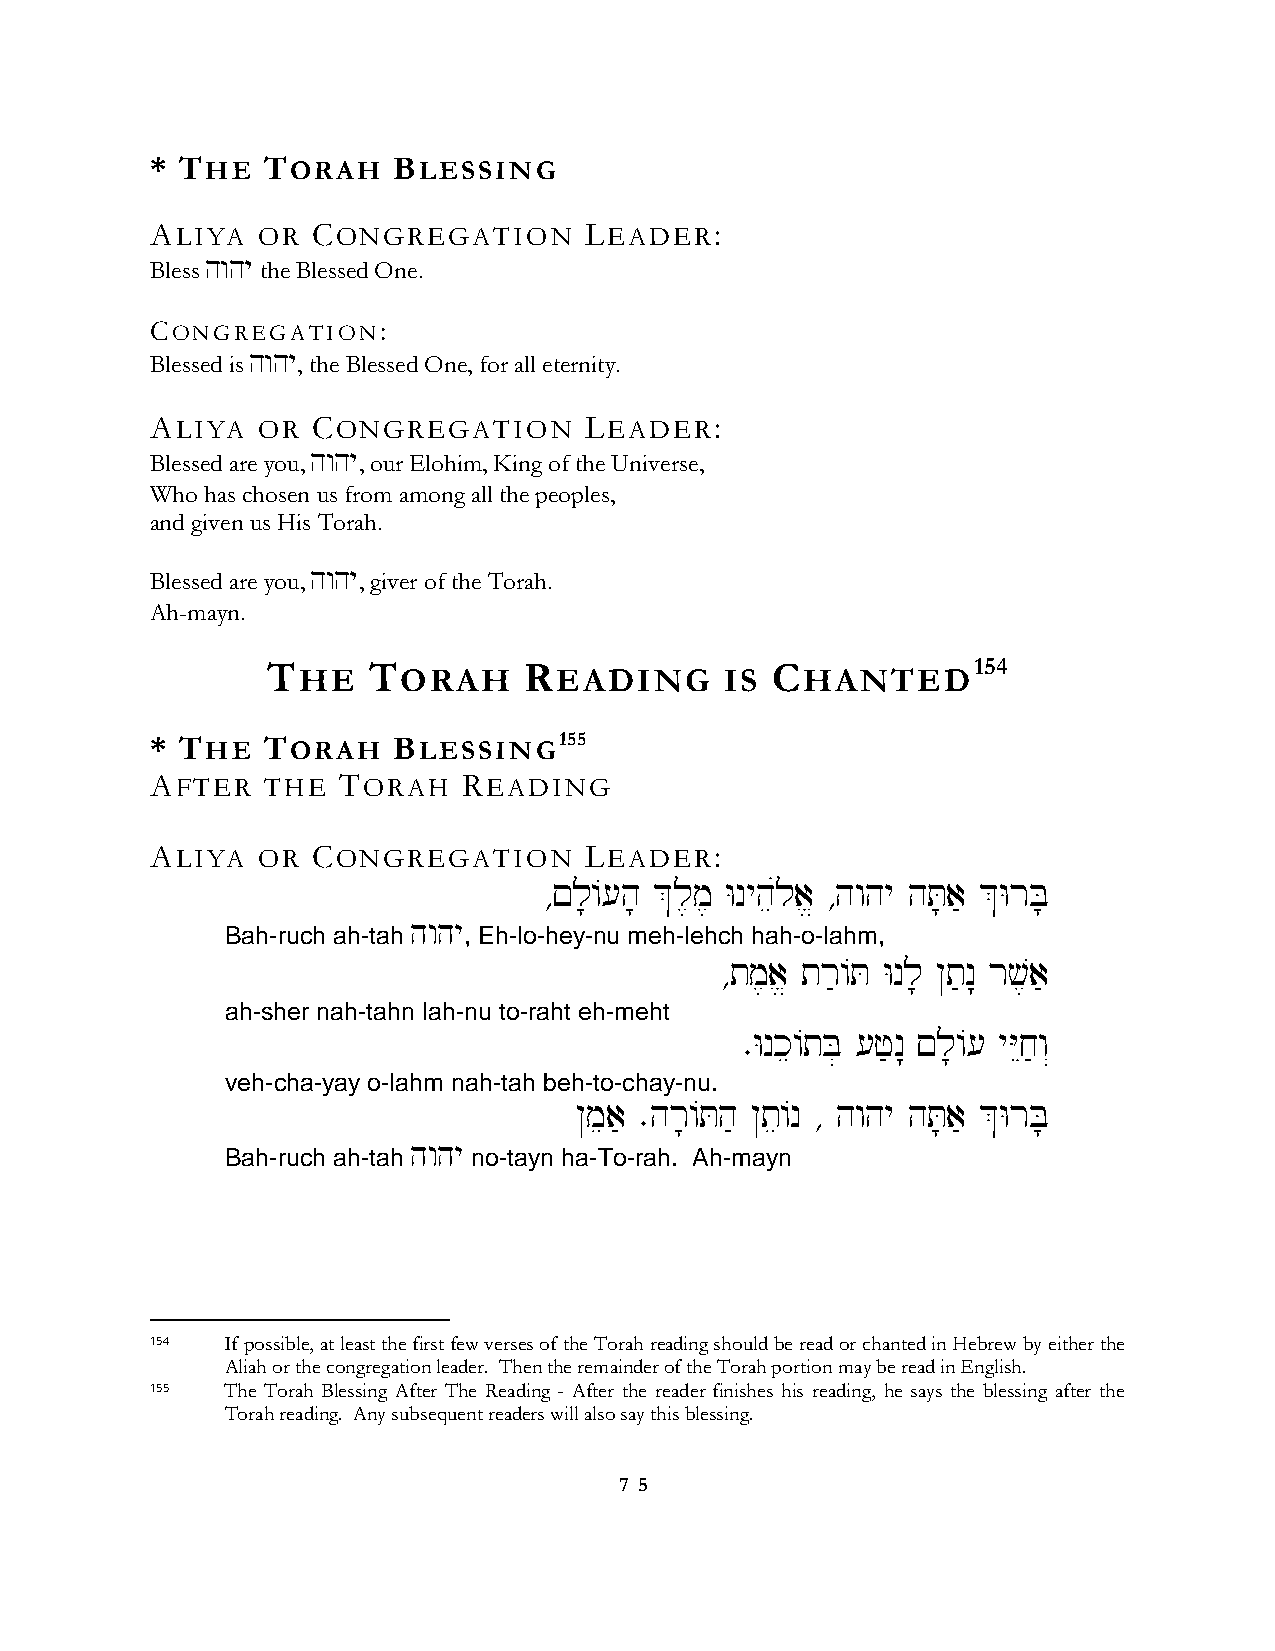
* THE  TORAH    BLESSING
 ALIYA  OR  CONGREGATION      LEADER:
 Bless hwhy the Blessed One.
 CONGREGATION:
 Blessed is hwhy, the Blessed One, for all eternity.
 ALIYA  OR  CONGREGATION      LEADER:
 Blessed are you, hwhy, our Elohim, King of the Universe,
 Who has chosen us from among all the peoples,
 and given us His Torah.
 Blessed are you, hwhy, giver of the Torah.
 Ah-mayn.
 THE   TORAH      READING      IS CHANTED154
 * THE  TORAH    BLESSING155
 AFTER   THE TORAH    READING
 ALIYA  OR  CONGREGATION      LEADER:
 ∆!l;/[h; &l,m, Wnyheúla> ∆hwhy hT;a' &WrB;
 hwhy
 Bah-ruch ah-tah , Eh-lo-hey-nu meh-lehch hah-o-lahm,
 ∆tm,a> tr'/T Wnl; @t'n: rv,a'
 ah-sher nah-tahn lah-nu to-raht eh-meht
 ∑Wnke/tB] [f'n: !l;/[ yYEj'w“
 veh-cha-yay o-lahm nah-tah beh-to-chay-nu.
 @mea' ∑hr;/Th' @te/n ∆ hwhy hT;a' &WrB;
 hwhy
 Bah-ruch ah-tah no-tayn ha-To-rah. Ah-mayn
 154  If possible, at least the first few verses of the Torah reading should be read or chanted in Hebrew by either the
 Aliah or the congregation leader. Then the remainder of the Torah portion may be read in English.
 155  The Torah Blessing After The Reading - After the reader finishes his reading, he says the blessing after the
 Torah reading. Any subsequent readers will also say this blessing.
 7 5